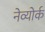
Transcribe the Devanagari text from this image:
नेव्योर्क